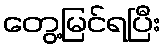
တွေ့မြင်ရပြီး